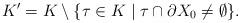
LaTeX: \begin{align*}K'= K\setminus \{\tau \in K\mid \tau \cap \partial X_0 \ne \emptyset \}.\end{align*}